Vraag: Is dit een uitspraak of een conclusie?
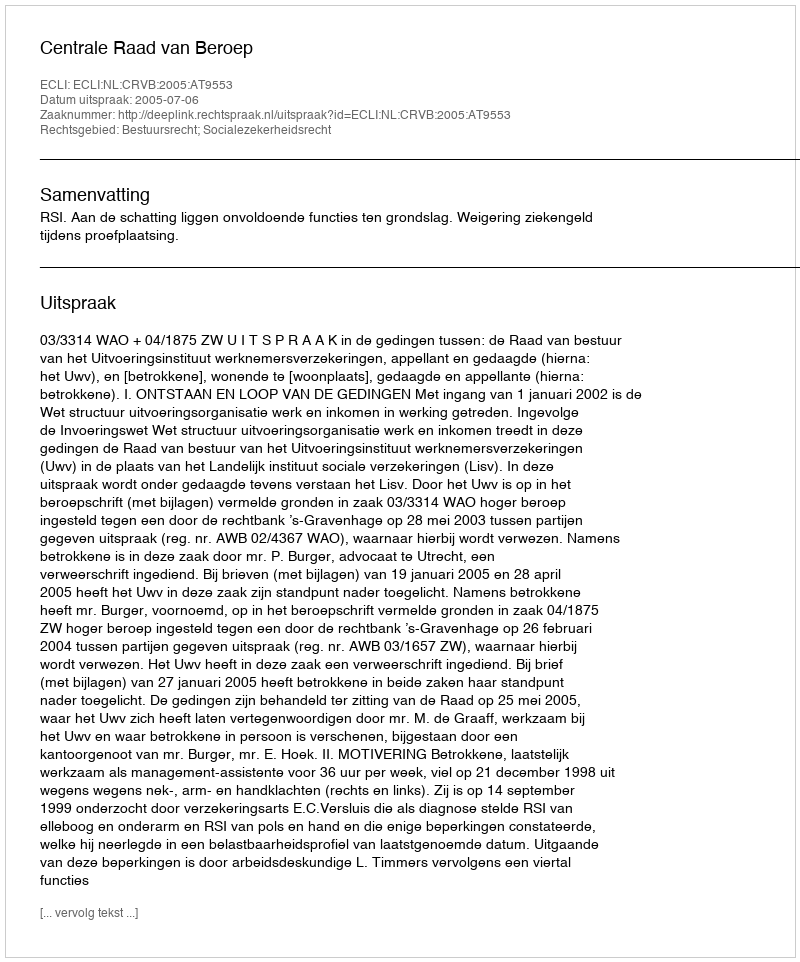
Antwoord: Uitspraak